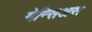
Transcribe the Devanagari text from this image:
मेन्सिअस